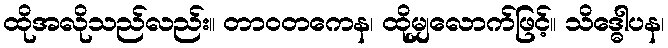
ထိုအလိုသည်လည်း။ တာဝတကေန၊ ထိုမျှလောက်ဖြင့်။ သိဒ္ဓေါပန၊